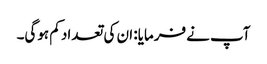
آپ نے فرمایا: ان کی تعداد کم ہوگی۔